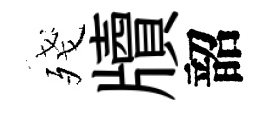
殘牘韶